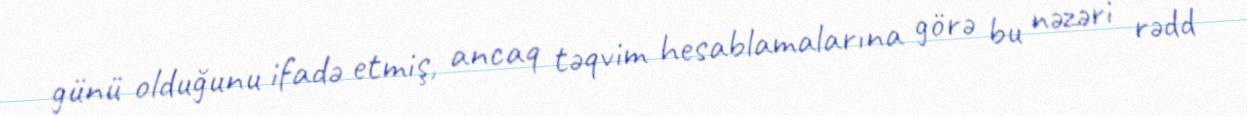
günü olduğunu ifadə etmiş, ancaq təqvim hesablamalarına görə bu nəzəri rədd